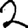
Digit: 2